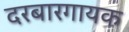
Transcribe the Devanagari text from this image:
दरबारगायक